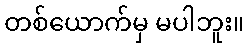
တစ်ယောက်မှ မပါဘူး။